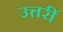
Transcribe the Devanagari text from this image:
उत्तरीं